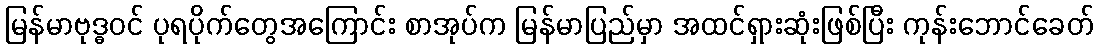
မြန်မာဗုဒ္ဓဝင် ပုရပိုက်တွေအကြောင်း စာအုပ်က မြန်မာပြည်မှာ အထင်ရှားဆုံးဖြစ်ပြီး ကုန်းဘောင်ခေတ်